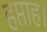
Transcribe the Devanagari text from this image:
हप्ताह।